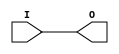
module IBUF_VPR (
	input I,
	output O
);

  parameter [0:0] LVCMOS12_LVCMOS15_LVCMOS18_IN = 1'b0;
  parameter [0:0] LVCMOS12_LVCMOS15_LVCMOS18_LVCMOS25_LVCMOS33_LVTTL_SLEW_FAST = 1'b0;
  parameter [0:0] LVCMOS12_LVCMOS15_LVCMOS18_LVCMOS25_LVCMOS33_LVTTL_SSTL135_SSTL15_IN_ONLY = 1'b0;
  parameter [0:0] LVCMOS12_LVCMOS15_LVCMOS18_SSTL135_SSTL15_STEPDOWN = 1'b0;
  parameter [0:0] LVCMOS25_LVCMOS33_LVTTL_IN = 1'b0;
  parameter [0:0] SSTL135_SSTL15_IN = 1'b0;

  parameter [0:0] IN_TERM_UNTUNED_SPLIT_40 = 1'b0;
  parameter [0:0] IN_TERM_UNTUNED_SPLIT_50 = 1'b0;
  parameter [0:0] IN_TERM_UNTUNED_SPLIT_60 = 1'b0;

  parameter [0:0] IBUF_LOW_PWR = 1'b0;

  parameter [0:0] PULLTYPE_PULLUP = 1'b0;
  parameter [0:0] PULLTYPE_PULLDOWN = 1'b0;
  parameter [0:0] PULLTYPE_NONE = 1'b0;
  parameter [0:0] PULLTYPE_KEEPER = 1'b0;

  parameter PULLTYPE = "";

  parameter IO_LOC_PAIRS = "";

  parameter IOSTANDARD = "";

  assign O = I;

endmodule

module OBUFT_VPR (
	input  I,
    input  T,
	output O
);

  parameter [0:0] LVCMOS12_DRIVE_I12 = 1'b0;
  parameter [0:0] LVCMOS12_DRIVE_I4 = 1'b0;
  parameter [0:0] LVCMOS12_LVCMOS15_LVCMOS18_LVCMOS25_LVCMOS33_LVTTL_SLEW_FAST = 1'b0;
  parameter [0:0] LVCMOS12_LVCMOS15_LVCMOS18_LVCMOS25_LVCMOS33_LVTTL_SSTL135_SSTL15_SLEW_SLOW = 1'b0;
  parameter [0:0] LVCMOS12_LVCMOS15_LVCMOS18_SSTL135_SSTL15_STEPDOWN = 1'b0;
  parameter [0:0] LVCMOS12_LVCMOS25_DRIVE_I8 = 1'b0;
  parameter [0:0] LVCMOS15_DRIVE_I12 = 1'b0;
  parameter [0:0] LVCMOS15_DRIVE_I8 = 1'b0;
  parameter [0:0] LVCMOS15_LVCMOS18_LVCMOS25_DRIVE_I4 = 1'b0;
  parameter [0:0] LVCMOS15_SSTL15_DRIVE_I16_I_FIXED = 1'b0;
  parameter [0:0] LVCMOS18_DRIVE_I12_I8 = 1'b0;
  parameter [0:0] LVCMOS18_DRIVE_I16 = 1'b0;
  parameter [0:0] LVCMOS18_DRIVE_I24 = 1'b0;
  parameter [0:0] LVCMOS25_DRIVE_I12 = 1'b0;
  parameter [0:0] LVCMOS25_DRIVE_I16 = 1'b0;
  parameter [0:0] LVCMOS33_DRIVE_I16 = 1'b0;
  parameter [0:0] LVCMOS33_LVTTL_DRIVE_I12_I16 = 1'b0;
  parameter [0:0] LVCMOS33_LVTTL_DRIVE_I12_I8 = 1'b0;
  parameter [0:0] LVCMOS33_LVTTL_DRIVE_I4 = 1'b0;
  parameter [0:0] LVTTL_DRIVE_I24 = 1'b0;
  parameter [0:0] SSTL135_DRIVE_I_FIXED = 1'b0;
  parameter [0:0] SSTL135_SSTL15_SLEW_FAST = 1'b0;

  parameter [0:0] PULLTYPE_PULLUP = 1'b0;
  parameter [0:0] PULLTYPE_PULLDOWN = 1'b0;
  parameter [0:0] PULLTYPE_NONE = 1'b0;
  parameter [0:0] PULLTYPE_KEEPER = 1'b0;

  parameter PULLTYPE = "";

  parameter IO_LOC_PAIRS = "";

  parameter IOSTANDARD = "";
  parameter DRIVE = 0;
  parameter SLEW = "";

  assign O = I;

endmodule

module BUFG(
    (* clkbuf_driver *)
    output O,
    input I);
  assign O = I;
  specify
    // https://github.com/SymbiFlow/prjxray-db/blob/4bc6385ab300b1819848371f508185f57b649a0e/artix7/timings/CLK_BUFG_TOP_R.sdf#L11
    (I => O) = 96;
  endspecify
endmodule

module BUFGCTRL(
    (* clkbuf_driver *)
    output O,
    input I0, input I1,
    (* invertible_pin = "IS_S0_INVERTED" *)
    input S0,
    (* invertible_pin = "IS_S1_INVERTED" *)
    input S1,
    (* invertible_pin = "IS_CE0_INVERTED" *)
    input CE0,
    (* invertible_pin = "IS_CE1_INVERTED" *)
    input CE1,
    (* invertible_pin = "IS_IGNORE0_INVERTED" *)
    input IGNORE0,
    (* invertible_pin = "IS_IGNORE1_INVERTED" *)
    input IGNORE1);

parameter [0:0] INIT_OUT = 1'b0;
parameter PRESELECT_I0 = "FALSE";
parameter PRESELECT_I1 = "FALSE";
parameter [0:0] IS_CE0_INVERTED = 1'b0;
parameter [0:0] IS_CE1_INVERTED = 1'b0;
parameter [0:0] IS_S0_INVERTED = 1'b0;
parameter [0:0] IS_S1_INVERTED = 1'b0;
parameter [0:0] IS_IGNORE0_INVERTED = 1'b0;
parameter [0:0] IS_IGNORE1_INVERTED = 1'b0;

wire I0_internal = ((CE0 ^ IS_CE0_INVERTED) ? I0 : INIT_OUT);
wire I1_internal = ((CE1 ^ IS_CE1_INVERTED) ? I1 : INIT_OUT);
wire S0_true = (S0 ^ IS_S0_INVERTED);
wire S1_true = (S1 ^ IS_S1_INVERTED);

assign O = S0_true ? I0_internal : (S1_true ? I1_internal : INIT_OUT);

endmodule

module BUFHCE(
    (* clkbuf_driver *)
    output O,
    input I,
    (* invertible_pin = "IS_CE_INVERTED" *)
    input CE);

parameter [0:0] INIT_OUT = 1'b0;
parameter CE_TYPE = "SYNC";
parameter [0:0] IS_CE_INVERTED = 1'b0;

assign O = ((CE ^ IS_CE_INVERTED) ? I : INIT_OUT);

endmodule

module CE_VCC(output VCC);
  assign VCC = 1;
endmodule

module SR_GND(output GND);
  assign GND = 0;
endmodule

module CESR_MUX(input CE, SR, output CE_OUT, SR_OUT);

parameter _TECHMAP_CONSTMSK_CE_ = 0;
parameter _TECHMAP_CONSTVAL_CE_ = 0;
parameter _TECHMAP_CONSTMSK_SR_ = 0;
parameter _TECHMAP_CONSTVAL_SR_ = 0;

localparam CEUSED = _TECHMAP_CONSTMSK_CE_ == 0 || _TECHMAP_CONSTVAL_CE_ == 0;
localparam SRUSED = _TECHMAP_CONSTMSK_SR_ == 0 || _TECHMAP_CONSTVAL_SR_ == 1;

if(CEUSED) begin
    assign CE_OUT = CE;
end else begin
    CE_VCC ce(
        .VCC(CE_OUT)
    );
end

if(SRUSED) begin
    assign SR_OUT = SR;
end else begin
    SR_GND sr(
        .GND(SR_OUT)
    );
end

endmodule